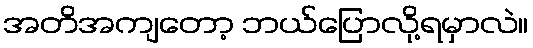
အတိအကျတော့ ဘယ်ပြောလို့ရမှာလဲ။